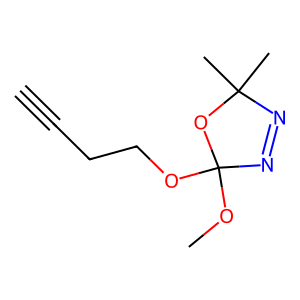
SMILES: C#CCCOC1(OC)N=NC(C)(C)O1
Inhibits HIV replication: No